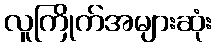
လူကြိုက်အများဆုံး